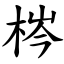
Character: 梣